Memorandum on the prevention of leprosy by segregation of the affected
Disease focus: Leprosy
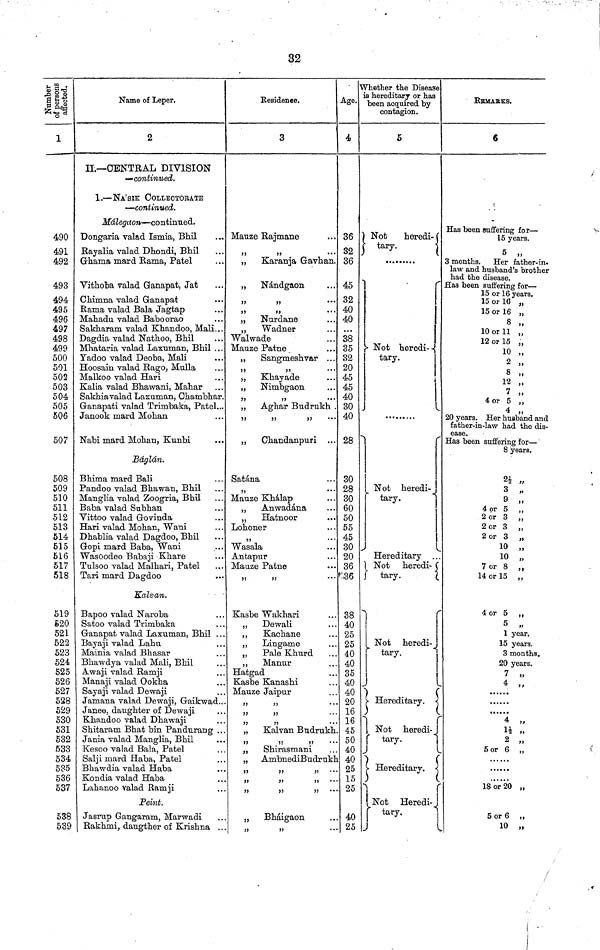
32
1
490
491
492
493
494
495
496
497
498
499
500
501
502
503
504
505
506
507
508
509
510
511
512
513
514
515
516
517
518
519
620
521
522
523
524
525
526
527
528
529
530
531
532
533
534
535
536
537
538
539
Name of Leper.
2
II.— CENTRAL DIVISION
— continued.
1. — NA'SIK COLLECTORATE
— continued.
Málegaon— continued.
Dongaria valad Ismia" Bhil
Rayalia valad Dhondi" Bhil
Ghama mard Rama" Patel
Vithoba valad Ganapat" Jat
Chimna valad Ganapat
Rama valad Bala Jagtap
Mahadu valad Baboorao
Sakharam valad Khandoo" Mali...
Dagdia valad Nathoo" Bhil
Mhataria valad Laxuman" Bhil ...
Yadoo valad Deoba" Mali
Hoosain valad Rago" Mulla
Malkoo valad Hari
Kalia valad Bhawani" Mahar
Sakhia valad Lasaman" Chambhar.
Ganapati valad Trimbaka" Patel...
Janook mard Mohan
. . .
Nabi mard Mohan" Kunbi
Báglán.
Bhima mard Bali
Pandoo valad Bhawan" Bhil
Manglia valad Zoogria" Bhil
Baba valad Subhan
Vittoo valad Govinda
Hari valad Mohan" Wani
Dhablia valad Dagdoo" Bhil
Gopi mard Baba" Wani
Wasoodeo Babaji Khare
Tulsoo valad Malhari" Patel
Tari mard Dagdoo
Kalvan.
Bapoo valad Naroba
Satoo valad Trimbaka
Ganapat valad Laxuman" Bhil . . .
Bayaji valad Lahu
Mainia valad Bhasar
Bhawdya valad Mali" Bhil
Awaji valad Ramji
Manaji valad Ookha
Sayaji valad Dewaji
Jamana valad Dewaii" Gaikwad..
Janee" daughter of Dewaji
Khandoo valad Dhawaji
Shitaram Bhat bin Pandurang ..
Jania valad Manglia" Bhil
Kesoo valad Bala" Patel
Salii mard Haba" Patel
Bhawdia valad Haba
Kondia valad Haba
Lahanoo valad Ramji
Peint.
Jasrup Gangaram" Marwadi
Rakhmi" daugther of Krishna . .
Residence.
3
Mauze Rajmane
"
"
„ Karanja Gavhan.
„ Nándgaon
"
"
"
"
•••
„ Nurdane
Walwade
Mauze Patne
„
Sangmeshvar ...
"
"
„ Khayade
„ Nimbgaon
"
"
•••
„
Aghar Budrukh .
"
"
"
•••
„
Chandanpuri
Satána
"
...
Mauze Khálap
„ Anwadána
„
Hatnoor
Lohoner
"
Wasala
Antapur
Mauze Patne
"
"
Kasbe Wakhari
" Dewali
"
Kachane
"
Lingame
„
Pale Khurd
"
Manur
Hatgad
Kasbe Kanashi
Manze Jaipur
"
"
••
"
"
"
"
••
" Kalvan Budrukh
"
"
'
••
"
Shirasmani
Ambnedi Budrnkl
"
"
"
"
"
"
••
"
"
'
„
Bháigaon
"
"
Age.
4
36
32
36
45
32
40
40
38
35
32
20
45
45
40
30
40
28
30
28
30
60
50
55
45
30
20
36
36
38
40
25
25
40
40
35
40
40
20
16
16
45
50
40
4 0
25
15
25
40
25
Whether the Disease
is hereditary or has
been acquired by
contagion.
5
Not
heredi-
tary.
Not
heredi--
tary.
Not heredi-_
tary.
Hereditary . . .
Not heredi-
tary.
Not heredi-
tary.
Hereditary.
Not heredi-
tary-
Hereditary
Not
Heredi-
tary.
REMARKS.
6
Has been suffering for —
15 years.
5 „
3 months. Her father-in.
law and husband's brother
had the disease.
Has been suffering for —
15 or 16 years.
15 or 16 „
15 or 16 „
8 „
10
or
11
12 or 15 „
10 "
2 "
12
7
4 or 5
4 „
20 years. Her husband and
father-in-law had the dis-
ease.
Has been suffering for —
8 years.
2½ „
3 „
9 „
4 or 5 "
2 or 3 „
2 or 3 „
2 or 3 „
10 „
10 „
7 or 8 „
14 or 15 „
4 or 5 "
5 „
1 year.
15 years.
3 months.
20 years.
7 „
4 "
4 „
1½ „
2 „
5 or 6 "
18 or 20 „
5 or 6 "
10 „